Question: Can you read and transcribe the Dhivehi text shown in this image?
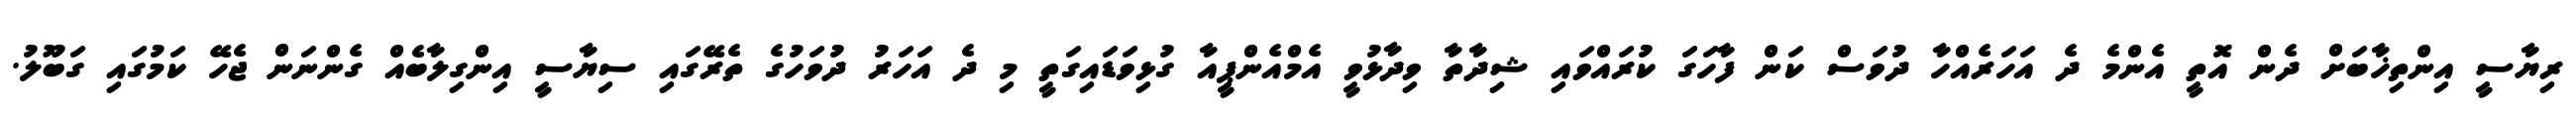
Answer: ރިޔާސީ އިންތިޚާބަށް ދެން އޮތީ އެންމެ ދެ އަހަރެއްހާ ދުވަސް ކަން ފާހަގަ ކުރައްވައި ޝިދާތާ ވިދާޅުވީ އެމްއެންޕީއާ ގުޅިވަޑައިގަތީ މި ދެ އަހަރު ދުވަހުގެ ތެރޭގައި ސިޔާސީ އިންގިލާބެއް ގެންނަން ޖެހޭ ކަމުގައި ގަބޫލު.